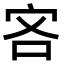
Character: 𫲾